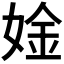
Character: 𫰾